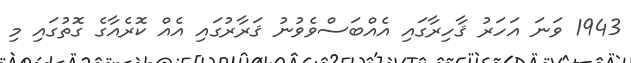
1943 ވަނަ އަހަރު ޤާހިރާގައި އެއްބަސްވެވުނު ޤަރާރުގައި އެއް ކޮރެއާގެ ގޮތުގައި މި